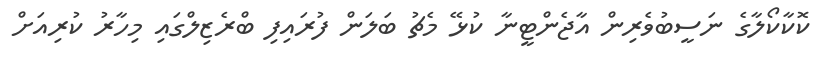
ކޮކާކޯލާގެ ނަސީބުވެރިން އާޖެންޓީނާ ކުޅޭ މެޗު ބަލަން ފުރައިފި ބްރެޒިލްގައި މިހާރު ކުރިއަށް